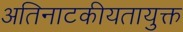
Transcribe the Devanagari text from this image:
अतिनाटकीयतायुक्त